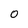
Character: 0